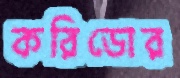
করিডোর